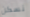
نسكن